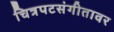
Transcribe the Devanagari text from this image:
चित्रपटसंगीतावर